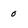
Character: 0